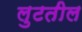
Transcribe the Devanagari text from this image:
लुटतील